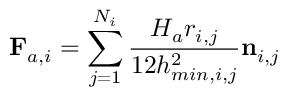
\mathbf { F } _ { a , i } = \sum _ { j = 1 } ^ { N _ { i } } \frac { H _ { a } r _ { i , j } } { 1 2 h _ { m i n , i , j } ^ { 2 } } \mathbf { n } _ { i , j }